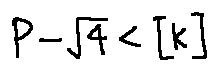
P - \sqrt { 4 } < [ k ]